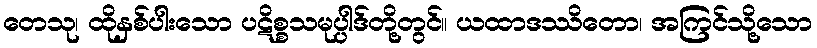
တေသု၊ ထိုနှစ်ပါးသော ပဋိစ္စသမုပ္ပါဒ်တို့တွင်။ ယထာဒဿိတော၊ အကြင်သို့သော